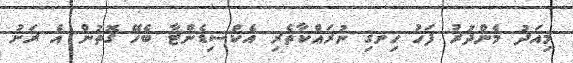
މިއަދު މެންދުރު ފަހު ހިނގި ނުރައްކާތެރި އެކްސިޑެންޓާ ބެހޭ ގޮތުން އެ ރަށު